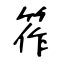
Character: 筰